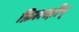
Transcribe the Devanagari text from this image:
फ़िलस्त़ीन्